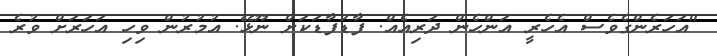
"އަހަރެންގެވެސް އެހެރީ އަންހެން ދަރިއެއް. ފާޑުފާޑަކަށް ނޫޅޭ. އުމުރުން ވިހި އަހަރަށް ވުރެ